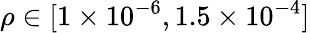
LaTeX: \rho\in[1\times 10^{-6},1.5\times 10^{-4}]